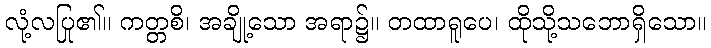
လုံ့လပြု၏။ ကတ္တစိ၊ အချို့သော အရာ၌။ တထာရူပေ၊ ထိုသို့သဘောရှိသော။